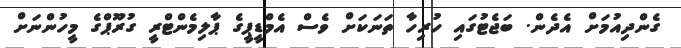
ގެންދިއުމަށް އެދެން. ބަޖެޓުގައި ހުރިހާ ތަނަކަށް ވެސް އެމްޑީޕީގެ ޕާލިމެންޓްރީ ގުރޫޕްގެ މީހުންނަށް